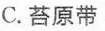
C.苔原带